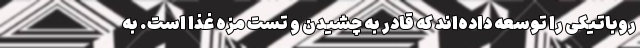
روباتیکی را توسعه داده‌اند که قادر به چشیدن و تست مزه غذا است. به